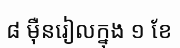
៨ ម៉ឺនរៀលក្នុង ១ ខែ